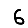
Digit: 6